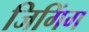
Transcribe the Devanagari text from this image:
जिगिंग